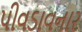
પીવડાવનાર